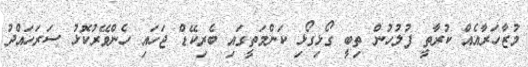
މުޒާހަރާއެއް ކުރާތީ ފުލުހުން ތިބީ ގޯޅިގޯޅި ކަންމަތީގައި ބެރިކޭޑް ޖަހައި ހެންވޭރުކޮޅު ސަރަހައްދު